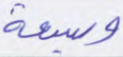
وسبعة